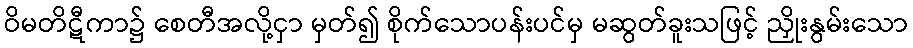
ဝိမတိဋီကာ၌ စေတီအလို့ငှာ မှတ်၍ စိုက်သောပန်းပင်မှ မဆွတ်ခူးသဖြင့် ညှိုးနွမ်းသော